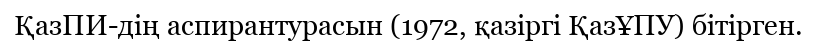
ҚазПИ-дің аспирантурасын (1972, қазіргі ҚазҰПУ) бітірген.